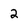
Character: 2